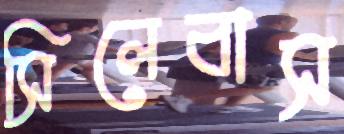
সিলেবাস